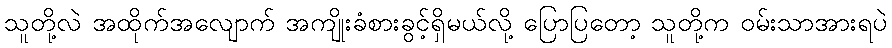
သူတို့လဲ အထိုက်အလျောက် အကျိုးခံစားခွင့်ရှိမယ်လို့ ပြောပြတော့ သူတို့က ဝမ်းသာအားရပဲ